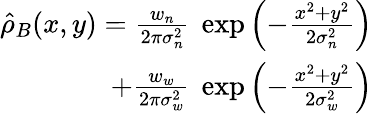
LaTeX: \begin{array}{r}{\hat{\rho}_{B}(x,y)=\frac{w_{n}}{2\pi\sigma_{n}^{2}}~\exp\left(-\frac{x^{2}+y^{2}}{2\sigma_{n}^{2}}\right)}\\ {+\frac{w_{w}}{2\pi\sigma_{w}^{2}}~\exp\left(-\frac{x^{2}+y^{2}}{2\sigma_{w}^{2}}\right)}\end{array}